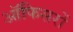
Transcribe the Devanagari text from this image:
ऑफिसरों